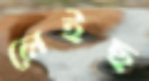
লেইছ